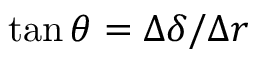
\tan \theta = \Delta \delta / \Delta r